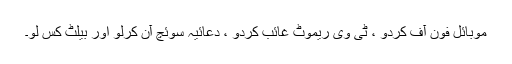
موبائل فون آف کردو ، ٹی وی ریموٹ غائب کردو ، دعائیہ سوئچ آن کرلو اور بیلٹ کس لو۔